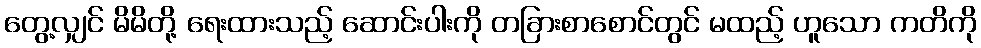
တွေ့လျှင် မိမိတို့ ရေးထားသည့် ဆောင်းပါးကို တခြားစာစောင်တွင် မထည့် ဟူသော ကတိကို